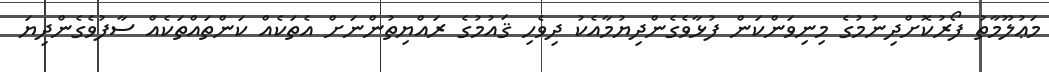
މަޢުލޫމާތު ފޯރުކޮށްދިނުމުގެ މިނިވަންކަން ފުޅާވެގެންދިޔުމާއެކު ދިވެހި ޤައުމުގެ ރައްޔިތުންނަށް އެތަކެއް ކަންތައްތަކެއް ސާފުވެގެންދިޔަ